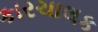
કારચાલક